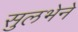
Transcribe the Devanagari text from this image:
सुलभेने